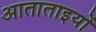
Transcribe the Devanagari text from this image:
आताताइयों